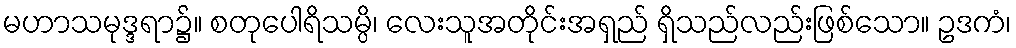
မဟာသမုဒ္ဒရာ၌။ စတုပေါရိသမ္ပိ၊ လေးသူအတိုင်းအရှည် ရှိသည်လည်းဖြစ်သော။ ဥဒကံ၊